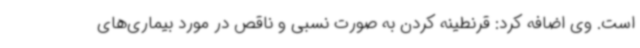
است. وی اضافه کرد: قرنطینه کردن به صورت نسبی و ناقص در مورد بیماری‌های